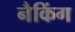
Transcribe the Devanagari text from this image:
नैकिंग